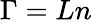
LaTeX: \Gamma=Ln